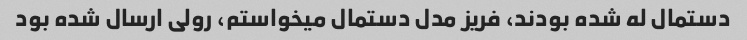
دستمال له شده بودند، فریز مدل دستمال میخواستم، رولی ارسال شده بود